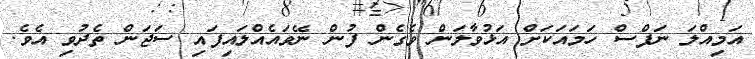
އަމިއްލަ ނަފްސް ހަމައަކަށް އަޅުވާލަން ވެގެން ފުން ނޭވައެއްލައިފައި ސަޖަން ތެދުވި އެވެ.